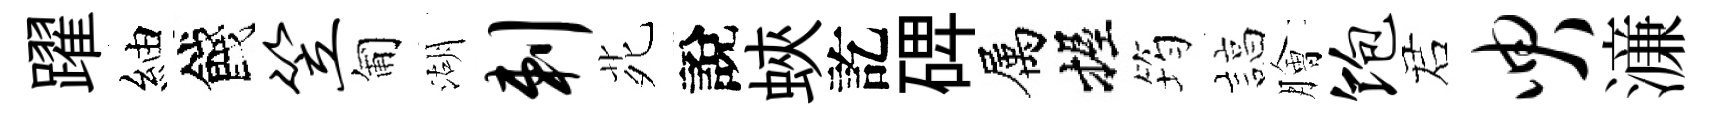
躍紬餞笠匍湖剌𫟍說蛺訖𥓓属握筠諄膾饱诺臾濓